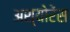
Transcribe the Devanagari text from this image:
अश्योरेंस